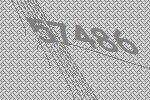
57486